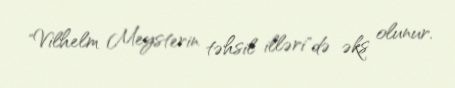
"Vilhelm Meysterin təhsil illəri"də əks olunur.